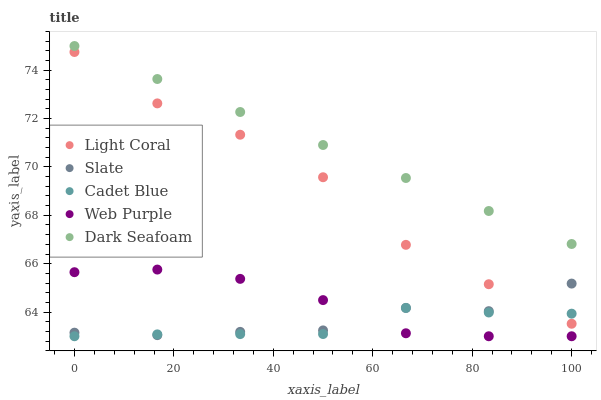
| xaxis_label | Light Coral | Slate | Cadet Blue | Web Purple | Dark Seafoam |
 | --- | --- | --- | --- | --- | --- |
 | 0 | 74.8 | 63.1 | 63 | 65.6 | 75 |
 | 16.7 | 72.6 | 63 | 63.1 | 65.8 | 73.6 |
 | 33.3 | 71.3 | 63.2 | 63.1 | 65.4 | 72.3 |
 | 50 | 69.6 | 63.2 | 63.1 | 64.5 | 70.9 |
 | 66.7 | 66.8 | 64.2 | 64.2 | 63.1 | 69.5 |
 | 83.3 | 65.2 | 64 | 64 | 63 | 68.2 |
 | 100 | 63.5 | 65.2 | 63.9 | 63 | 66.8 |